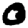
Digit: 0